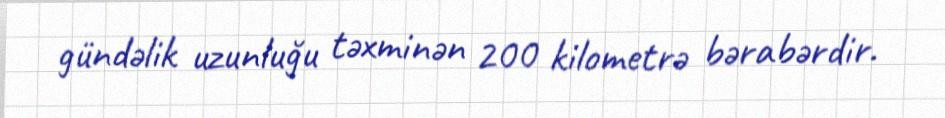
gündəlik uzunluğu təxminən 200 kilometrə bərabərdir.